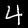
Label: 4